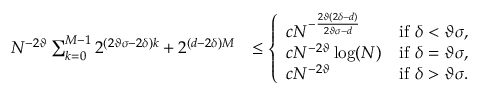
\begin{array} { r l } { N ^ { - 2 \vartheta } \sum _ { k = 0 } ^ { M - 1 } 2 ^ { ( 2 \vartheta \sigma - 2 \delta ) k } + 2 ^ { ( d - 2 \delta ) M } } & { \leq \left\{ \begin{array} { l l } { c N ^ { - \frac { 2 \vartheta ( 2 \delta - d ) } { 2 \vartheta \sigma - d } } } & { \mathrm { i f ~ } \delta < \vartheta \sigma , } \\ { c N ^ { - 2 \vartheta } \log ( N ) } & { \mathrm { i f ~ } \delta = \vartheta \sigma , } \\ { c N ^ { - 2 \vartheta } } & { \mathrm { i f ~ } \delta > \vartheta \sigma . } \end{array} \right. } \end{array}